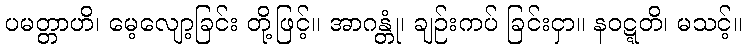
ပမတ္တာဟိ၊ မေ့လျော့ခြင်း တို့ဖြင့်။ အာဂန္တုံ၊ ချဉ်းကပ် ခြင်းငှာ။ နဝဋ္ဋတိ၊ မသင့်။